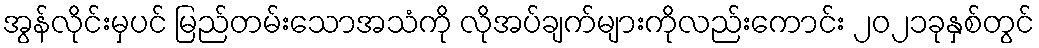
အွန်လိုင်းမှပင် မြည်တမ်းသောအသံကို လိုအပ်ချက်များကိုလည်းကောင်း ၂၀၂၁ခုနှစ်တွင်